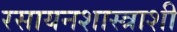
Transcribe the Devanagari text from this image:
रसायनशास्त्राशी